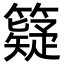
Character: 籎